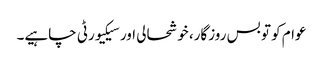
عوام کو تو بس روزگار، خوشحالی اور سیکیورٹی چاہیے۔